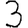
Digit: 3